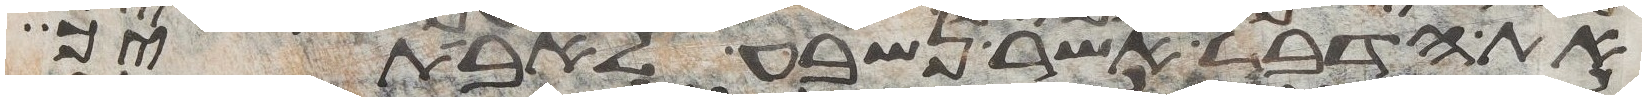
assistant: את הדבר אשר נשבע לאבתיך